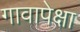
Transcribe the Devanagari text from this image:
गावापेक्षा